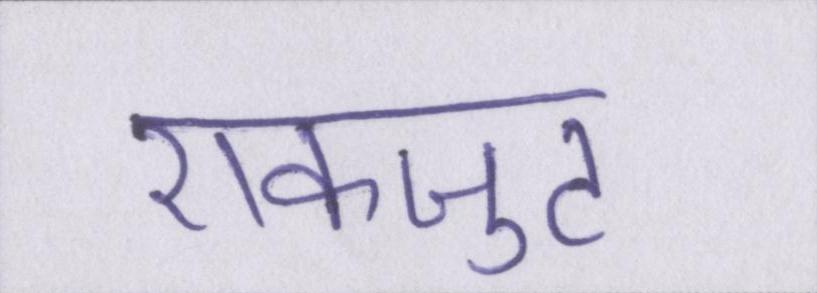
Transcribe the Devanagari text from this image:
एकजुट